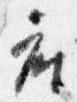
座